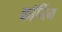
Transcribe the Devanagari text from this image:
कॉनिंग